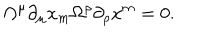
LaTeX: \Omega ^ { \mu } \partial _ { \mu } x _ { m } \Omega ^ { \rho } \partial _ { \rho } x ^ { m } = 0 .